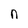
Character: n